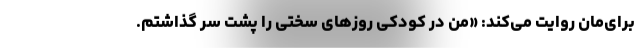
برای‌مان روایت می‌کند: «من در کودکی روزهای سختی را پشت سر گذاشتم.